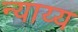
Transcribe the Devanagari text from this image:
न्‍याय्य